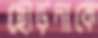
ছোড়দাকে